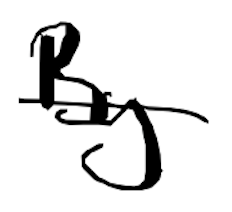
Text: By
Cross-out: single-line
Writing tool: digital_black